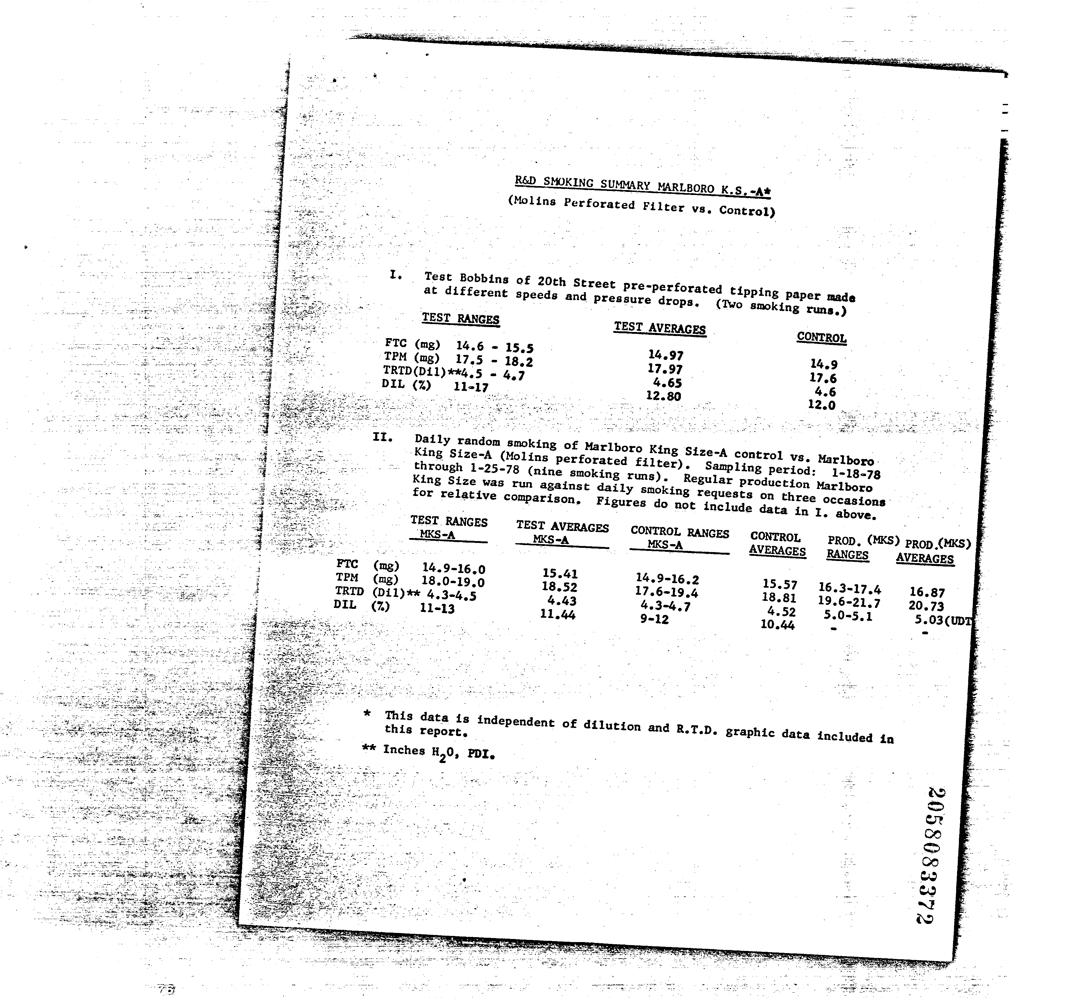
TEST RANGES
 DIL (%) 11-17,
 King Size was
 for relative c
 TEST RANCES
 ‘MKS-A
 FTC (mg) 14.9-16,
 TPM (mg) 18.0+19.0
 TRID (Dil)** 4,3-4.5
 DIL (%) = 11-13
 this report, |
 ** Inches H,0, Ppl.
 TEST AVERAGES
 e drops,
 14.97
 17.97
 4.65
 MKS -A MKS-A
 15.41 14,9-16.2
 18,52 17.6-19.4
 4.43 4.3-4.7
 211.44 9-12
 CONTROL
 AVERAGES
 15.57
 18.81
 4.52
 10.44
 1-18-78
 « above,
 RANGES
 op (MKS) §
 AVERAGES